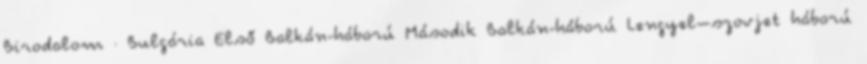
Birodalom · Bulgária Első Balkán-háború Második Balkán-háború Lengyel–szovjet háború